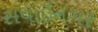
સવાઇનગર